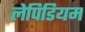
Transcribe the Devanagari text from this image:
लेपिडियम